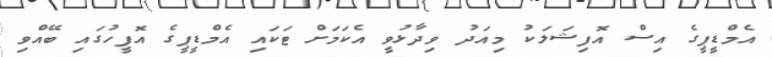
އެމްޑީޕީގެ އިސް އޮފިޝަލަކު މިއަދު ވިދާޅުވީ އެކަމަށް ޓަކައި އެމްޑީޕީގެ އޮފީހުގައި ބޭއްވި